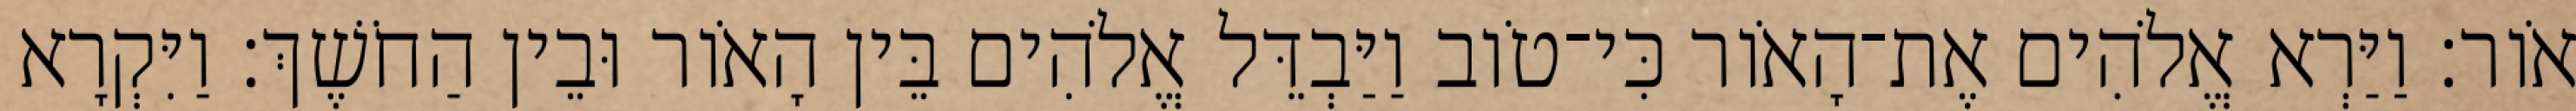
אֹור׃ וַיַּרְא אֱלֹהִים אֶת־הָאֹור כִּי־טֹוב וַיַּבְדֵּל אֱלֹהִים בֵּין הָאֹור וּבֵין הַחֹשֶׁךְ׃ וַיִּקְרָא